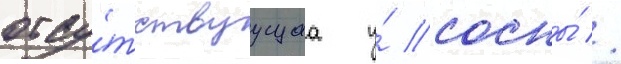
отсу́тствуущаа у́ сосны́ //